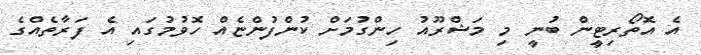
އެ އޮތޯރިޓީން ބުނީ މި މަޝްރޫއު ހިންގުމަށް ކުންފުންޏެއް ހޮވުމުގައި އެ ފަރާތެއްގެ